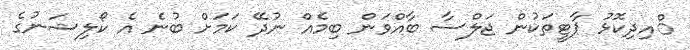
ްއިދިކޮޅު ޕާޓީތަކުން ޖަލްސާ ބާއްވަން ބިމެއް ނުދޭ ކަމަށް ބުނެ އެ ކޯލިޝަނުގެ